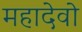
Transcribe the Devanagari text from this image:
महादेवो